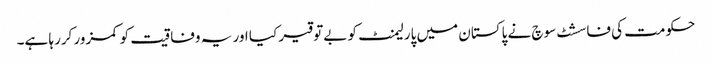
حکومت کی فاسشٹ سوچ نے پاکستان میں پارلیمنٹ کو بےتوقیر کیا اور یہ وفاقیت کو کمزور کررہا ہے۔